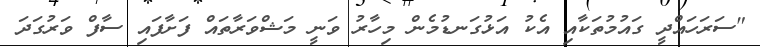
"ސަރަހައްދީ ގައުމުތަކާއި އެކު އަޅުގަނޑުމެން މިހާރު ވަނީ މަޝްވަރާތައް ފަށާފައި ސާފް ވަރުގަދަ